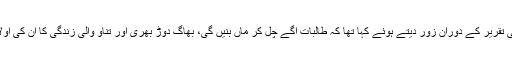
اس دوران انھوں نے اپنی تقریر کے دوران زور دیتے ہوئے کہا تھا کہ طالبات آگے چل کر ماں بنیں گی، بھاگ دوڑ بھری اور تناؤ والی زندگی کا ان کی اولاد پر منفی اثر پڑتا ہے۔